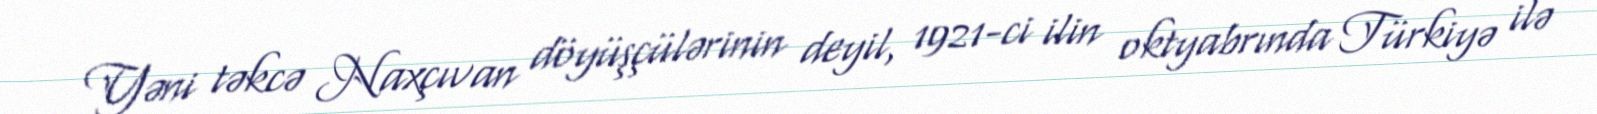
Yəni təkcə Naxçıvan döyüşçülərinin deyil, 1921-ci ilin oktyabrında Türkiyə ilə